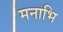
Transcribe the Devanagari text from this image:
मनाभि